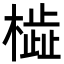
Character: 𬄢